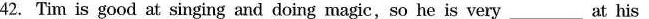
42. Tim is good at singing and doing magic,so he is very___at his